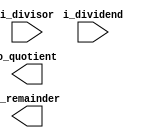
/* TODO: INSERT NAME AND PENNKEY HERE */

`timescale 1ns / 1ps
`default_nettype none

module lc4_divider(input  wire [15:0] i_dividend,
                   input  wire [15:0] i_divisor,
                   output wire [15:0] o_remainder,
                   output wire [15:0] o_quotient);

      /*** YOUR CODE HERE ***/

endmodule // lc4_divider

module lc4_divider_one_iter(input  wire [15:0] i_dividend,
                            input  wire [15:0] i_divisor,
                            input  wire [15:0] i_remainder,
                            input  wire [15:0] i_quotient,
                            output wire [15:0] o_dividend,
                            output wire [15:0] o_remainder,
                            output wire [15:0] o_quotient);

      /*** YOUR CODE HERE ***/

endmodule